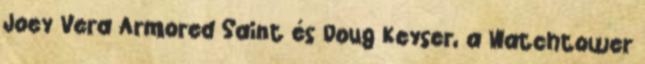
Joey Vera Armored Saint és Doug Keyser, a Watchtower